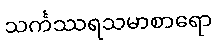
သင်္ကဿရသမာစာရော